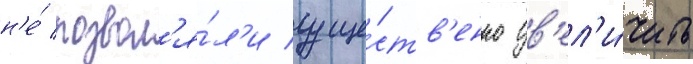
н'е́ позвол'я́л'и суще́ств'енно ув'ел'и́чить